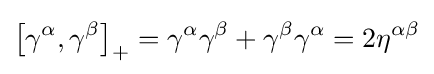
\left[\gamma ^{\alpha },\gamma ^{\beta }\right]_{+}=\gamma ^{\alpha }\gamma ^{\beta }+\gamma ^{\beta }\gamma ^{\alpha }=2\eta ^{\alpha \beta }